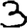
Digit: 3